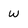
Character: w